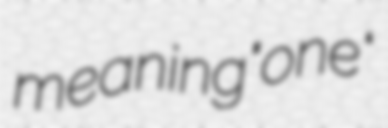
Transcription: meaning "one"